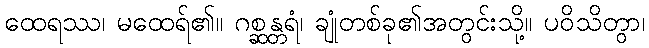
ထေရဿ၊ မထေရ်၏။ ဂစ္ဆန္တရံ၊ ချုံတစ်ခု၏အတွင်းသို့။ ပဝိသိတွာ၊